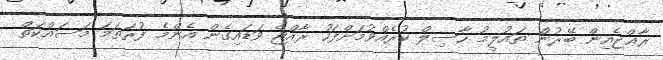
ރާޢްޖެއިން ބޭރުން ތައުލީމު ހާސިލް ކުރެއްވުމަށްފަހު ރާއްޖެ ވަޑައިގެން އެންމެ ފުރަތަމަ މަސައްކަތް